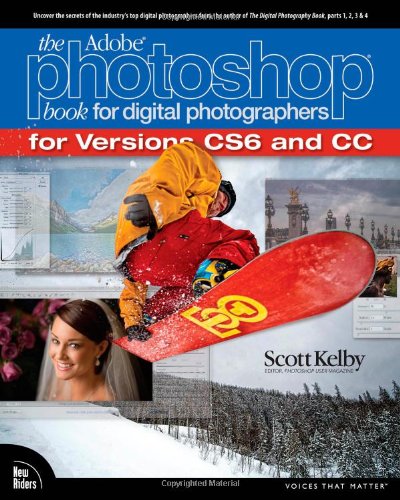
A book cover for The Adobe Photoshop Book for Digital Photographers (Covers Photoshop CS6 and Photoshop CC) (Voices That Matter); Scott Kelby; Computers & Technology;